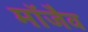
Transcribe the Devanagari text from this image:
माॅजैव